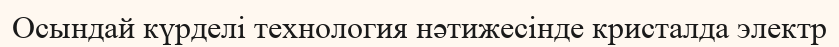
Осындай күрделі технология нәтижесінде кристалда электр